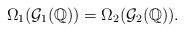
LaTeX: \begin{align*}\Omega_1(\mathcal{G}_1(\mathbb{Q}))=\Omega_2(\mathcal{G}_2(\mathbb{Q})).\end{align*}